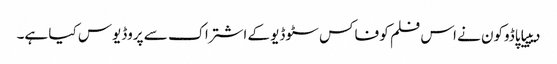
دیپیا پاڈوکون نے اس فلم کو فاکس سٹوڈیو کے اشتراک سے پروڈیوس کیا ہے۔